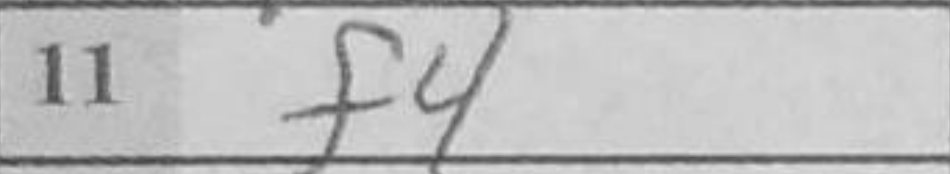
Transcription: f4